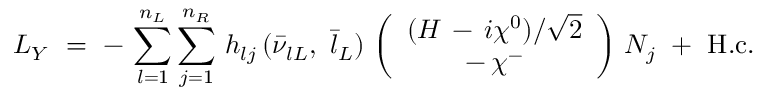
{ \cal L } _ { Y } \ = \ - \, \sum _ { l = 1 } ^ { n _ { L } } \sum _ { j = 1 } ^ { n _ { R } } \, h _ { l j } \, ( \bar { \nu } _ { l L } , \ \bar { l } _ { L } ) \, \left( \begin{array} { c } { { ( H \, - \, i \chi ^ { 0 } ) / \sqrt { 2 } } } \\ { { - \, \chi ^ { - } } } \end{array} \right) \, N _ { j } \ + \ \mathrm { H . c . }